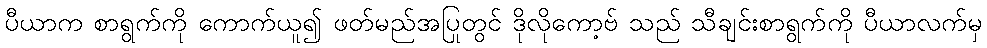
ပီယာက စာရွက်ကို ကောက်ယူ၍ ဖတ်မည်အပြုတွင် ဒိုလိုကော့ဗ် သည် သီချင်းစာရွက်ကို ပီယာလက်မှ